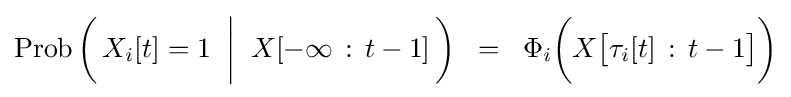
\mathop {\mathrm {Prob} } {\biggl (}\,X_{i}[t]=1\;\mathrel {\bigg |} \;X[-\infty \,\mathrel {:} \,t-1]\,{\biggr )}\;\;=\;\;\Phi _{i}{\biggl (}X{\bigl [}\tau _{i}[t]\,\mathrel {:} \,t-1{\bigr ]}{\biggr )}